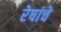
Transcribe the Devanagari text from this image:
रेषांचे